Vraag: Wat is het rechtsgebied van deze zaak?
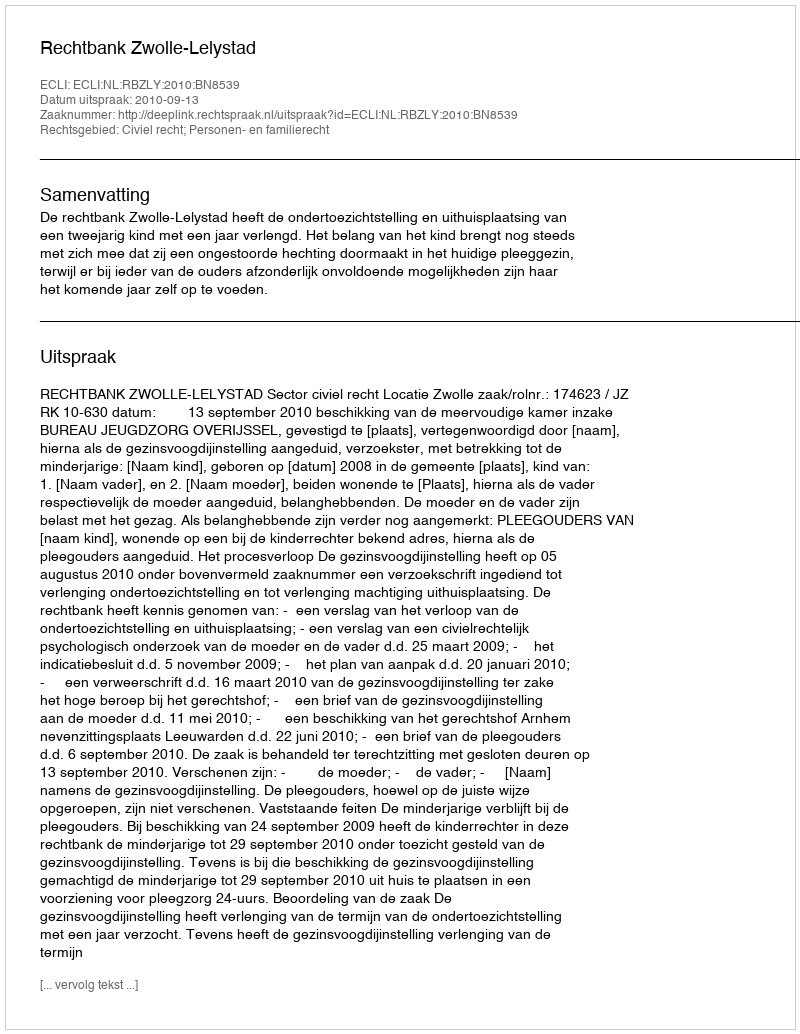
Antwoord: Civiel recht; Personen- en familierecht